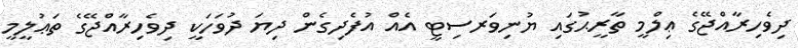
ދިވެހިރާއްޖޭގެ ޢިލްމީ ތާރީޙުގައި ޔުނިވަރސިޓީ އެއް އުފެދިގެން ދިޔަ ދުވަހަކީ ދިވެހިރާއްޖޭގެ ތަޢުލީމީ